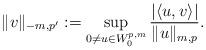
LaTeX: \begin{align*}\|v\|_{-m,p'}:=\sup_{0\not=u\in W^{p,m}_0}\frac{|\langle u,v\rangle|}{\|u\|_{m,p}}.\end{align*}